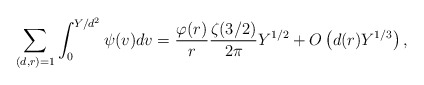
\begin{align*}\sum_{(d,r)=1}\int_{0}^{Y/d^2}\psi(v)dv=\dfrac{\varphi(r)}{r}\dfrac{\zeta(3/2)}{2\pi}Y^{1/2} + O\left(d(r)Y^{1/3}\right),\end{align*}